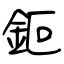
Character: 鉕